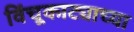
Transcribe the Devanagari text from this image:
विंचूकाट्याच्या